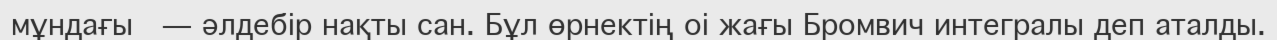
мұндағы  — әлдебір нақты сан. Бұл өрнектің оі жағы Бромвич интегралы деп аталды.